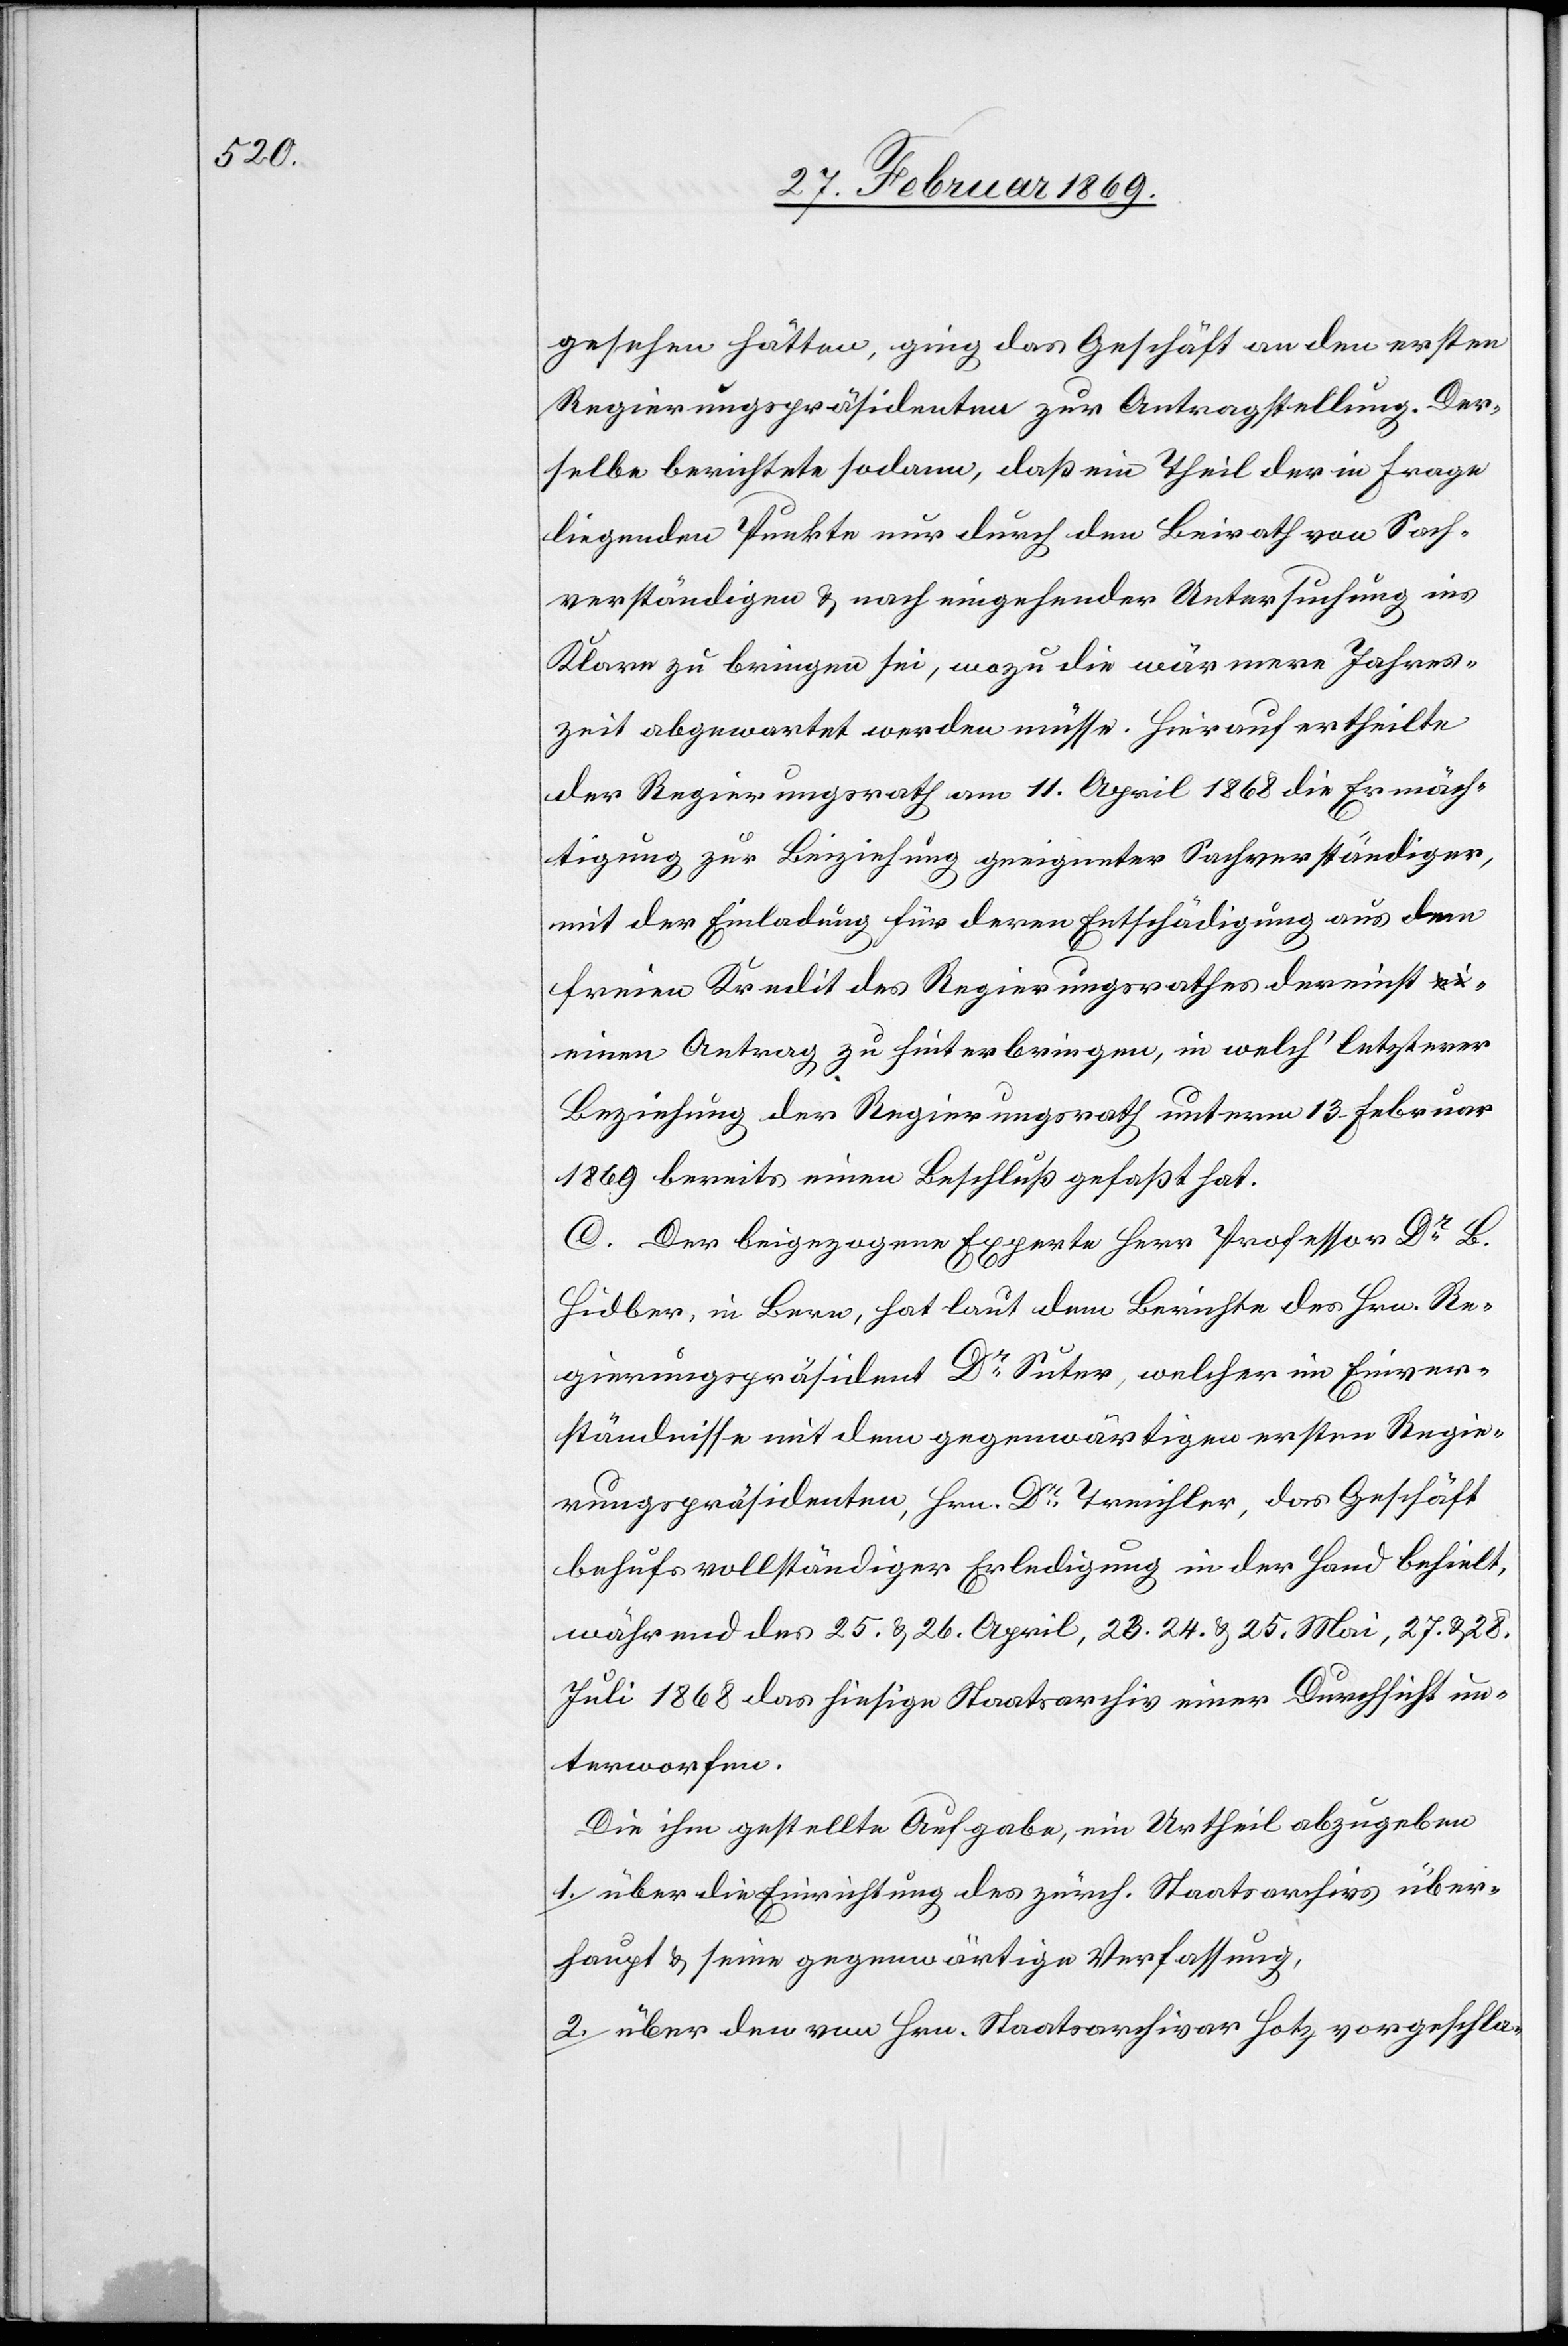
gesehen hätten, ging das Geschäft an den ersten
Regierungspräsidenten zur Antragstellung. Der¬
selbe berichtete sodann, daß ein Theil der in Frage
liegenden Punkte nur durch den Beirath von Sach¬
verständigen & nach eingehender Untersuchung ins
Klare zu bringen sei, wozu die wärmere Jahres¬
zeit abgewartet werden müsse. Hierauf ertheilte
der Regierungsrath am 11. April 1868 die Ermäch¬
tigung zur Beiziehung geeigneter Sachverständiger,
mit der Einladung für deren Entschädigung aus dem
freien Kredit des Regierungsrathes dereinst e¬
inen Antrag zu hinterbringen, in welch’ letzterer
Beziehung der Regierungsrath unterm 13. Februar
1869 bereits einen Beschluß gefaßt hat.
C. Der beigezogene Experte Herr Professor Dr
Hidber, in Bern, hat laut dem Berichte des Hrn. Re¬
gierungspräsident Dr Suter, welcher im Einver¬
ständnisse mit dem gegenwärtigen ersten Regie¬
rungspräsidenten, Hrn. Dr Treichler, das Geschäft
behufs vollständiger Erledigung in der Hand behielt,
während des 25. & 26. April, 23. 24. & 25. Mai, 27. & 28.
Juli 1868 das hiesige Staatsarchiv einer Durchsicht un¬
terworfen.
Die ihm gestellte Aufgabe, ein Urtheil abzugeben
1. über die Einrichtung des zürch. Staatsarchivs über¬
haupt & seine gegenwärtige Verfassung,
2. über den von Hrn. Staatsarchivar Hotz vorgeschla-